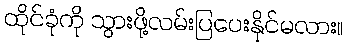
ထိုင်ခုံကို သွားဖို့လမ်းပြပေးနိုင်မလား။